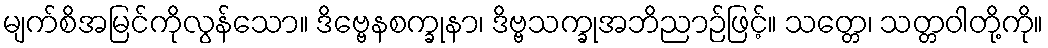
မျက်စိအမြင်ကိုလွန်သော။ ဒိဗ္ဗေနစက္ခုနာ၊ ဒိဗ္ဗသက္ခုအဘိညာဉ်ဖြင့်။ သတ္တေ၊ သတ္တဝါတို့ကို။